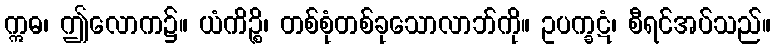
ဣဓ၊ ဤလောက၌။ ယံကိဉ္စိ၊ တစ်စုံတစ်ခုသောလာဘ်ကို။ ဥပက္ခဋံ၊ စီရင်အပ်သည်။